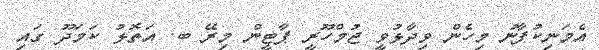
އެމަނިކުފާނު މިހެން ވިދާޅުވީ ޖުމްހޫރީ ޕާޓީން މިރޭ ބ. އަތޮޅު ކަމަދޫ ގައި